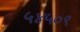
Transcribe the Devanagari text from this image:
५४५०९